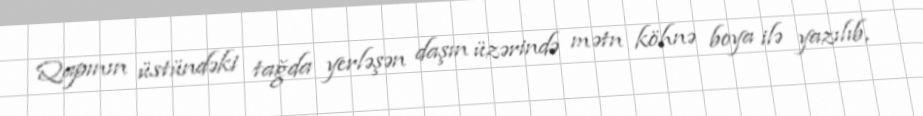
Qapının üstündəki tağda yerləşən daşın üzərində mətn köhnə boya ilə yazılıb,